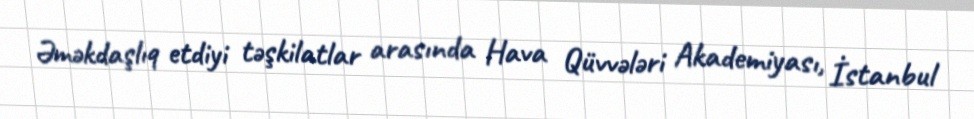
Əməkdaşlıq etdiyi təşkilatlar arasında Hava Qüvvələri Akademiyası, İstanbul